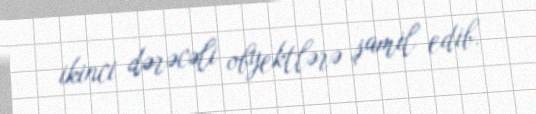
ikinci dərəcəli obyektlərə şamil edib.